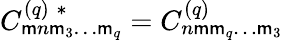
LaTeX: C_{\mathsf{m}n\mathsf{m}_{3}\ldots\mathsf{m}_{q}}^{(q)\; *}=C_{n\mathsf{m}\mathsf{m}_{q}\ldots\mathsf{m}_{3}}^{(q)}